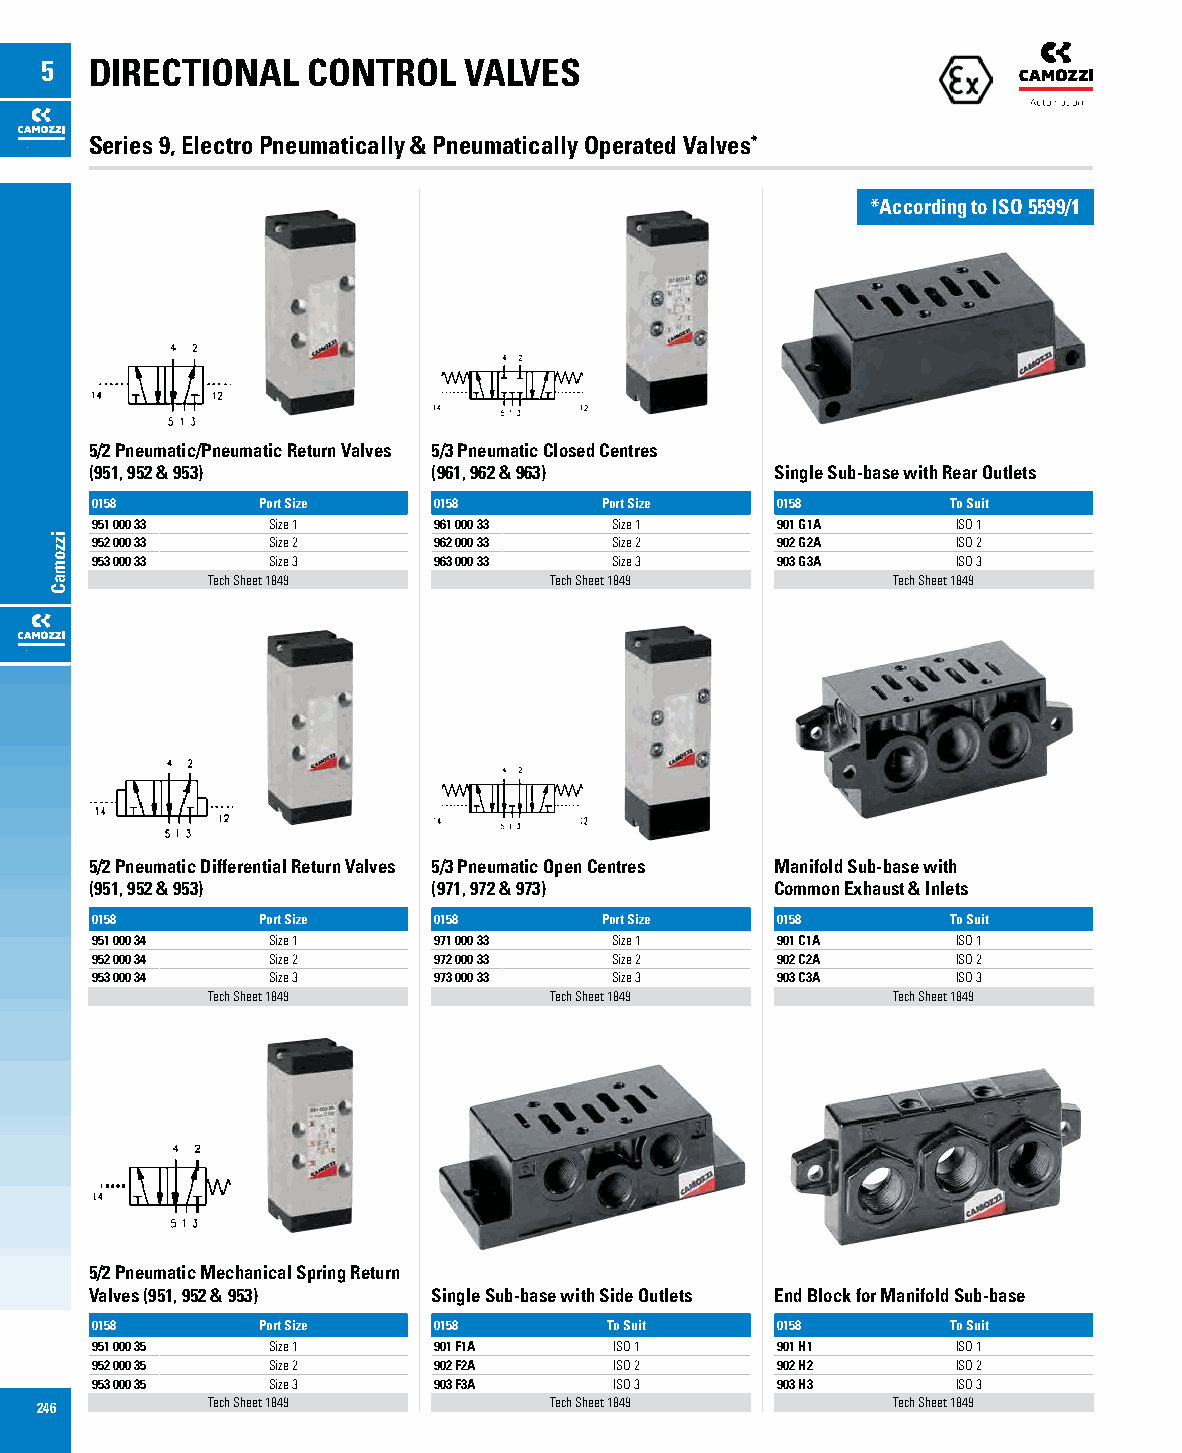
5  DIRECTIONAL   CONTROL    VALVES
 Series 9, Electro Pneumatically & Pneumatically Operated Valves*
 *According to ISO 5599/1
 *According to ISO 5599/1
 5/2 Pneumatic/Pneumatic Return Valves 5/3 Pneumatic Closed Centres
 (951, 952 & 953)       (961, 962 & 963)      Single Sub-base with Rear Outlets
 0158       Port Size   0158       Port Size  0158        To Suit
 951 000 33  Size 1     961 000 33 Size 1     901 G1A     ISO 1
 952 000 33  Size 2     962 000 33 Size 2     902 G2A     ISO 2
 953 000 33  Size 3     963 000 33 Size 3     903 G3A     ISO 3
 Tech Sheet 1849       Tech Sheet 1849        Tech Sheet 1849
 5/2 Pneumatic Differential Return Valves 5/3 Pneumatic Open Centres Manifold Sub-base with
 (951, 952 & 953)       (971, 972 & 973)      Common Exhaust & Inlets
 0158       Port Size   0158       Port Size  0158        To Suit
 951 000 34  Size 1     971 000 33 Size 1     901 C1A     ISO 1
 952 000 34  Size 2     972 000 33 Size 2     902 C2A     ISO 2
 953 000 34  Size 3     973 000 33 Size 3     903 C3A     ISO 3
 Tech Sheet 1849       Tech Sheet 1849        Tech Sheet 1849
 5/2 Pneumatic Mechanical Spring Return
 Valves (951, 952 & 953) Single Sub-base with Side Outlets End Block for Manifold Sub-base
 0158       Port Size   0158       To Suit    0158        To Suit
 951 000 35  Size 1     901 F1A     ISO 1     901 H1      ISO 1
 952 000 35  Size 2     902 F2A     ISO 2     902 H2      ISO 2
 953 000 35  Size 3     903 F3A     ISO 3     903 H3      ISO 3
 246         Tech Sheet 1849       Tech Sheet 1849        Tech Sheet 1849
 izzomaC